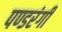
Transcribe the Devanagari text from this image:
पण्डरंगी